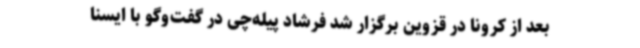
بعد از کرونا در قزوین برگزار شد فرشاد پیله‌چی در گفت‌وگو با ایسنا